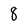
Character: 8